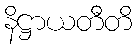
နိဋ္ဌာယတီတိ